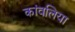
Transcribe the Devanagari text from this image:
कांवलिया